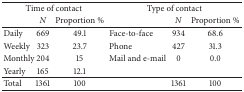
<table><thead><tr><td colspan="3"><b>Time of contact</b></td><td colspan="3"><b>Type of contact</b></td></tr><tr><td>[EMPTY_CELL]</td><td><b><i>N </i></b></td><td><b>Proportion %</b></td><td>[EMPTY_CELL]</td><td><b><i>N </i></b></td><td><b>Proportion %</b></td></tr></thead><tbody><tr><td>Daily </td><td>669</td><td>49.1</td><td>Face-to-face </td><td>934</td><td>68.6</td></tr><tr><td>Weekly</td><td>323</td><td>23.7</td><td>Phone</td><td>427</td><td>31.3</td></tr><tr><td>Monthly </td><td>204</td><td>15</td><td>Mail and e-mail</td><td>0</td><td>0.0</td></tr><tr><td>Yearly </td><td>165</td><td>12.1</td><td>[EMPTY_CELL]</td><td>[EMPTY_CELL]</td><td>[EMPTY_CELL]</td></tr><tr><td>Total</td><td>1361</td><td>100</td><td>[EMPTY_CELL]</td><td>1361</td><td>100</td></tr></tbody></table>